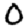
Digit: 0